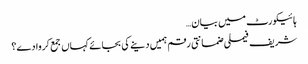
ہائیکورٹ میں بیان…
شریف فیملی ضمانتی رقم ہمیں دینے کی بجائے کہاں جمع کروا دے؟